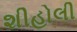
શીહોલી